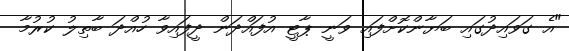
"އެ ގަވައިދުގައި ބަޔާންކޮށްފައި ވަނީ ޕާޓީ އުފައްދަން ދީފައިވާ ހުއްދަ ބާތިލު ކުރުމާ